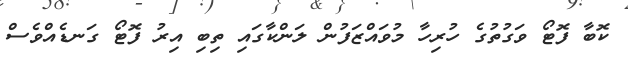
ކޮބާ ފޮޓޯ ވަގުތުގެ ހުރިހާ މުވައްޒަފުން ލަންކާގައި ތިބި އިރު ފޮޓޯ ގަނޑެއްވެސް